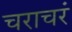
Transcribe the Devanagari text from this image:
चराचरं